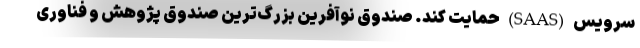
سرویس (SAAS) حمایت کند. صندوق نوآفرین بزرگ‌ترین صندوق پژوهش و فناوری